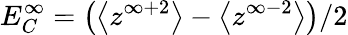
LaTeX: E_{C}^{\infty}=\big(\big<z^{\infty+2}\big>-\big<z^{\infty-2}\big>\big)/2